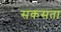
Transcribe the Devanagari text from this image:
सकसता